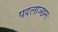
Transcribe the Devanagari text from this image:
पदलाञ्छनः